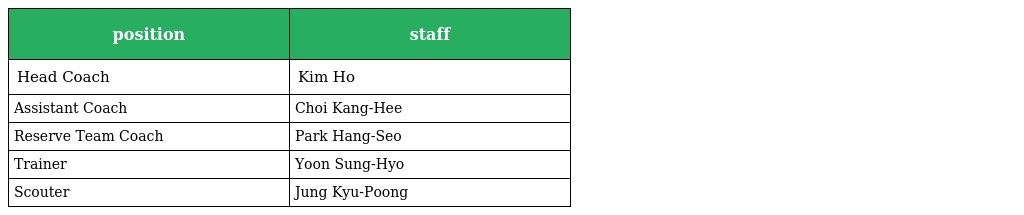
| position | staff |
 | --- | --- |
 | Head Coach | Kim Ho |
 | Assistant Coach | Choi Kang-Hee |
 | Reserve Team Coach | Park Hang-Seo |
 | Trainer | Yoon Sung-Hyo |
 | Scouter | Jung Kyu-Poong |